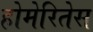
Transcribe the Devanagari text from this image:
होमेरितेस